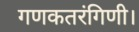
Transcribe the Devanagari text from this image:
गणकतरंगिणी।